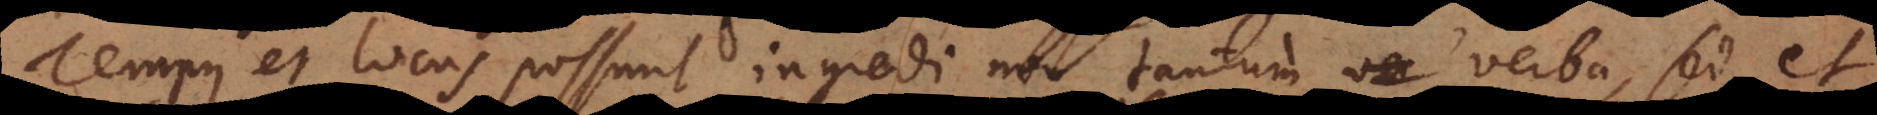
Tempus et locus possunt ingredi non tantum verba, sed et